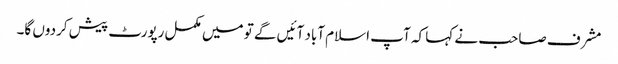
مشرف صاحب نے کہا کہ آپ اسلام آباد آئیں گے تو میں مکمل رپورٹ پیش کردوں گا۔